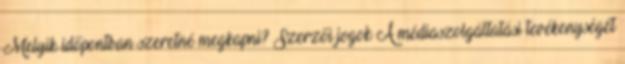
Melyik időpontban szeretné megkapni? Szerzői jogok A médiaszolgáltatási tevékenységét